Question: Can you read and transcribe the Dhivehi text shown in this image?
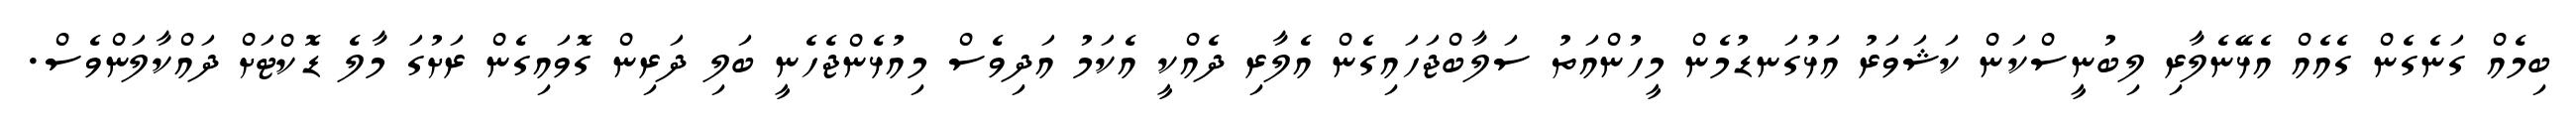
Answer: ބިމެއް ގަނެގެން ގެއެއް އެޅޭނެލާރި ލިބުނީސްކަން ކަޝަވަރު އަޅުގަނޑުމެން މީހުންއަތު ސަލާބްޖަހައިގެން އެލާރި ދެއްކީ އެކަމު އަދިވެސް މިއުޅެންޖެހެނީ ބަލި ދަރިން ގޮވައިގެން ރަށުގަ މާލެ ޑޮކްޓަށް ދައްކާލަންވެސް.